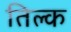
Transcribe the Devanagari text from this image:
तिल्क